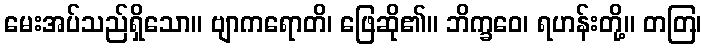
မေးအပ်သည်ရှိသော။ ဗျာကရောတိ၊ ဖြေဆို၏။ ဘိက္ခဝေ၊ ရဟန်းတို့။ တတြ၊